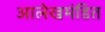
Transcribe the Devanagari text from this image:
आलेखमंडित